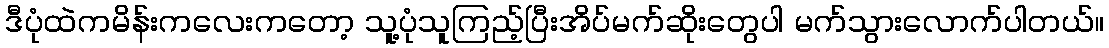
ဒီပုံထဲကမိန်းကလေးကတော့ သူ့ပုံသူကြည့်ပြီးအိပ်မက်ဆိုးတွေပါ မက်သွားလောက်ပါတယ်။